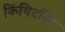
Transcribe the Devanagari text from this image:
किंचिदस्ति